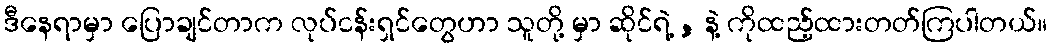
ဒီနေရာမှာ ပြောချင်တာက လုပ်ငန်းရှင်တွေဟာ သူတို့ မှာ ဆိုင်ရဲ့ , နဲ့ ကိုထည့်ထားတတ်ကြပါတယ်။